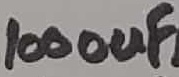
Text: 1000uF